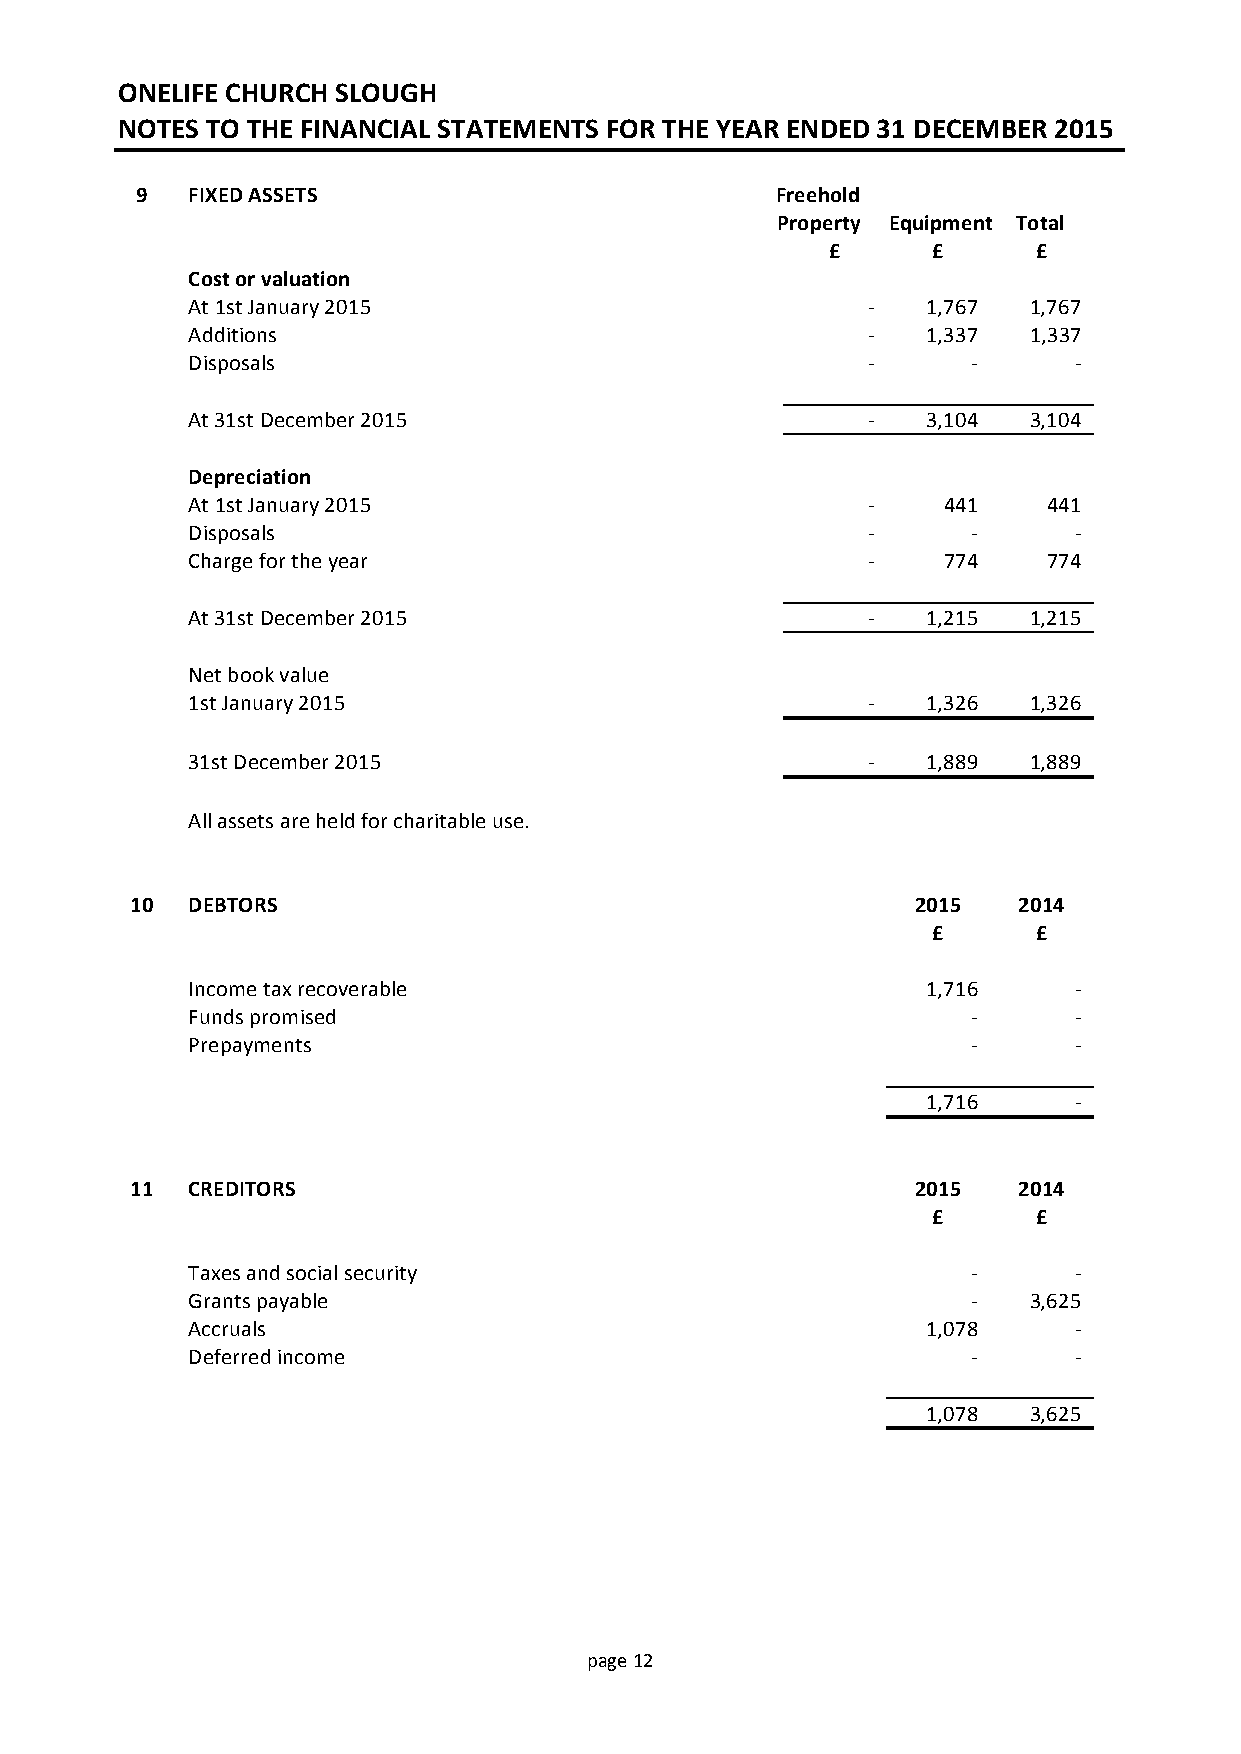
ONELIFE CHURCH SLOUGH
 NOTES TO THE FINANCIAL STATEMENTS FOR THE YEAR ENDED 31 DECEMBER 2015
 9  FIXED ASSETS                           Freehold
 Property Equipment Total
 £      £      £
 Cost or valuation
 At 1st January 2015                          -   1,767  1,767
 Additions                                    -   1,337  1,337
 Disposals                                    -      -      -
 At 31st December 2015                        -   3,104  3,104
 Depreciation
 At 1st January 2015                          -    441    441
 Disposals                                    -      -      -
 Charge for the year                          -    774    774
 At 31st December 2015                        -   1,215  1,215
 Net book value
 1st January 2015                             -   1,326  1,326
 31st December 2015                           -   1,889  1,889
 All assets are held for charitable use.
 10 DEBTORS                                          2015  2014
 £      £
 Income tax recoverable                           1,716     -
 Funds promised                                      -      -
 Prepayments                                         -      -
 1,716     -
 11 CREDITORS                                        2015  2014
 £      £
 Taxes and social security                           -      -
 Grants payable                                      -   3,625
 Accruals                                         1,078     -
 Deferred income                                     -      -
 1,078  3,625
 page 12